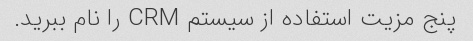
پنج مزیت استفاده از سیستم CRM را نام ببرید.